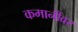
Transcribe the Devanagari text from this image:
कमानींवर